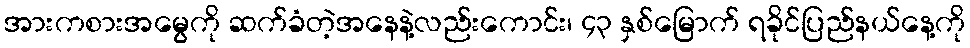
အားကစားအမွေကို ဆက်ခံတဲ့အနေနဲ့လည်းကောင်း၊ ၄၃ နှစ်မြောက် ရခိုင်ပြည်နယ်နေ့ကို